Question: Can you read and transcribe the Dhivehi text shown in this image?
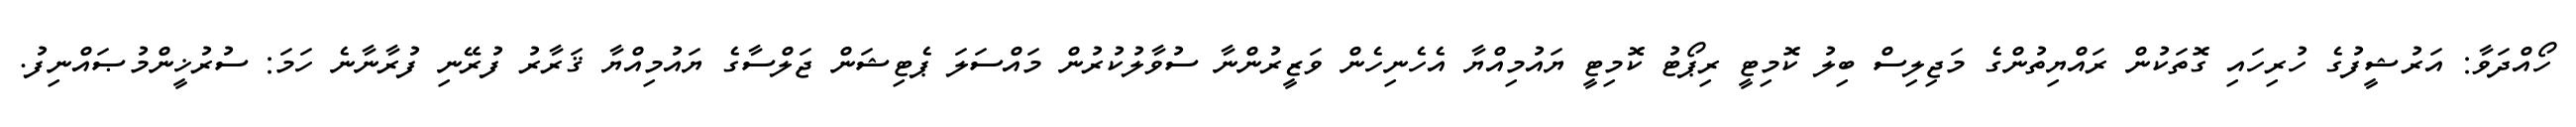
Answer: ހޯއްދަވާ: އަރުޝީފުގެ ހުރިހައި ގޮތަކުން ރައްޔިތުންގެ މަޖިލިސް ބިލު ކޮމިޓީ ރިޕޯޓު ކޮމިޓީ ޔައުމިއްޔާ އެހެނިހެން ވަޒީރުންނާ ސުވާލުކުރުން މައްސަލަ ޕެޓިޝަން ޖަލްސާގެ ޔައުމިއްޔާ ޤަރާރު ފުރޭނި ފުރާނާނެ ހަމަ: ސުރުޚީންމުޞައްނިފު.